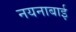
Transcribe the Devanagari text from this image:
नयनाबाई